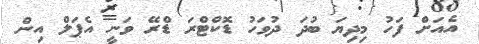
އެއަށް ފަހު މިދިޔަ ބުދަ ދުވަހު ޑޮކްޓްރަ ޑްރޭ ވަނީ އެޕަލް އިން